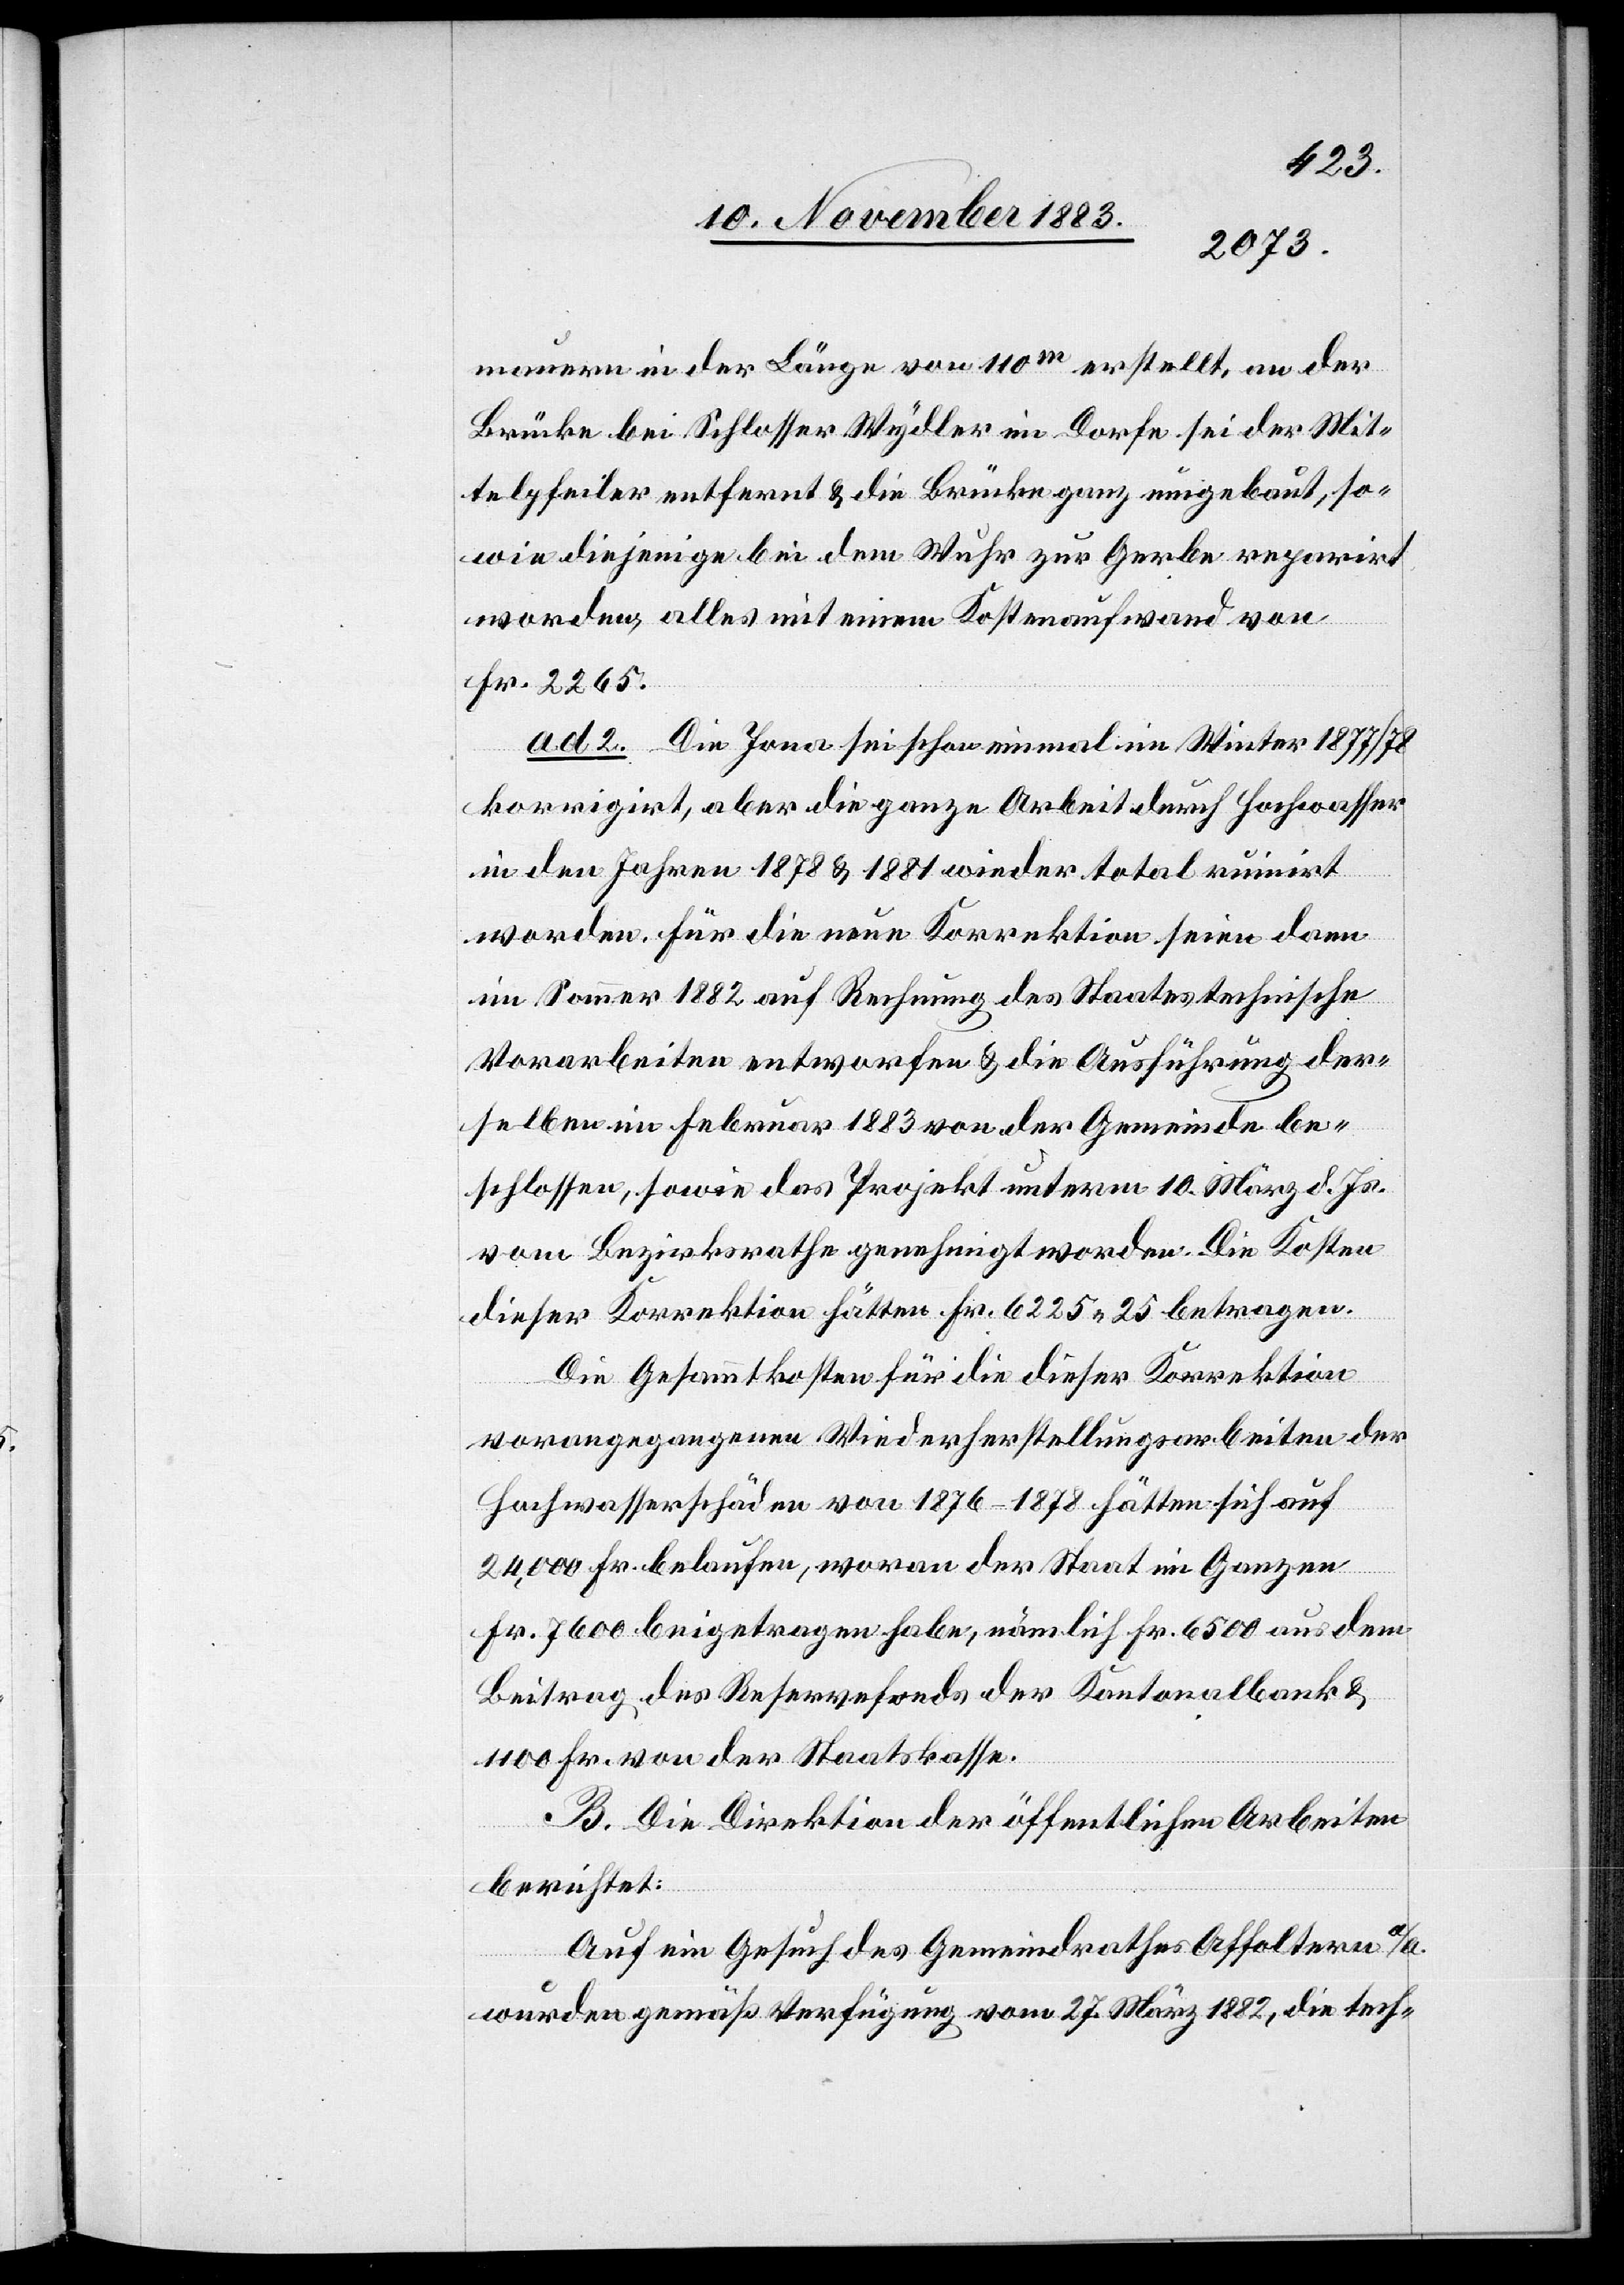
mauern in der Länge von 110m erstellt, an der
Brücke bei Schlosser Wydler im Dorfe sei der Mit¬
telpfeiler entfernt & die Brücke ganz umgebaut, so¬
wie diejenige bei dem Wuhr zur Gerbe reparirt
worden, alle mit einem Kostenaufwand von
Fr. 2265.
ad 2. Die Jona sei schon einmal im Winter 1877/78
korrigirt, aber die ganze Arbeit durch Hochwasser
in den Jahren 1878 & 1881 wieder total ruinirt
worden. Für die neue Korrektion seien dann
im Sommer 1882 auf Rechnung des Staates technische
Vorarbeiten entworfen & die Ausführung der¬
selben im Februar 1883 von der Gemeinde be¬
schlossen, sowie das Projekt unterm 10. März d. Js.
vom Bezirksrathe genehmigt worden. Die Kosten
dieser Korrektion hätten Fr. 6225 25 betragen.
Die Gesammtkosten für die dieser Korrektion
vorangegangenen Wiederherstellungsarbeiten der
Hochwasserschäden von 1876–1878 hätten sich auf
24,000 Fr. belaufen, woran der Staat im Ganzen
Fr. 7600 beigetragen habe, nämlich Fr. 6500 aus dem
Beitrag des Reservefonds der Kantonalbank &
1100 Fr. von der Staatskasse.
B. Die Direktion der öffentlichen Arbeiten
berichtet:
Auf ein Gesuch des Gemeindrathes Affoltern a/A.
wurden gemäß Verfügung vom 27. März 1882, die tech-